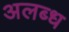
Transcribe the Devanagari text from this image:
अलब्ध